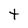
Character: t